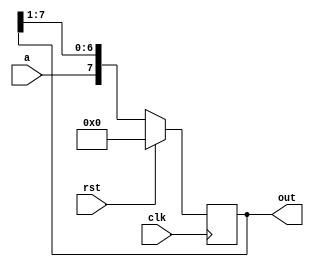
`timescale 1ns / 1ps
//////////////////////////////////////////////////////////////////////////////////
// Company: 
// Engineer: 
// 
// Design Name: 
// Module Name:    SIPO 
// Project Name: 
// Target Devices: 
// Tool versions: 
// Description: 
//
// Dependencies: 
//
// Revision: 
// Revision 0.01 - File Created
// Additional Comments: 
//
//////////////////////////////////////////////////////////////////////////////////
module SIPO(
	input a,
	input clk,
	input rst,
	output wire [7:0] out
    );
	reg [7:0] cpy;
	assign out = cpy;
	
	always @(posedge clk) begin
		if(rst)
			cpy <= 8'd0;
		else 
			cpy <= {a,cpy[7:1]};
	end

endmodule